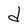
Character: d